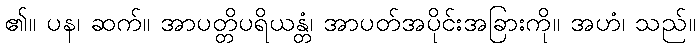
၏။ ပန၊ ဆက်။ အာပတ္တိပရိယန္တံ၊ အာပတ်အပိုင်းအခြားကို။ အဟံ၊ သည်။